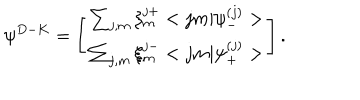
{ \psi } ^ { D - K } = \left[ \begin{array} { c } { { \sum _ { j , m } \xi _ { m } ^ { j + } < j m | { \psi } _ { - } ^ { ( j ) } > } } \\ { { \sum _ { j , m } \xi _ { m } ^ { j - } < j m | { \psi } _ { + } ^ { ( j ) } > } } \\ \end{array} \right] .